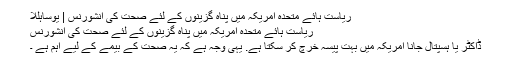
ریاست ہائے متحدہ امریکہ میں پناہ گزینوں کے لئے صحت کی انشورنس | یوساہللا
ریاست ہائے متحدہ امریکہ میں پناہ گزینوں کے لئے صحت کی انشورنس
ڈاکٹر یا ہسپتال جانا امریکہ میں بہت پیسہ خرچ کر سکتا ہے. یہی وجہ ہے کہ یہ صحت کے بیمے کے لیے اہم ہے ۔